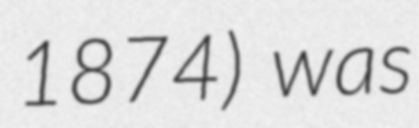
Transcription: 1874) was